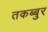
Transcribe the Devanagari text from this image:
तकब्बुर